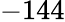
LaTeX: -144